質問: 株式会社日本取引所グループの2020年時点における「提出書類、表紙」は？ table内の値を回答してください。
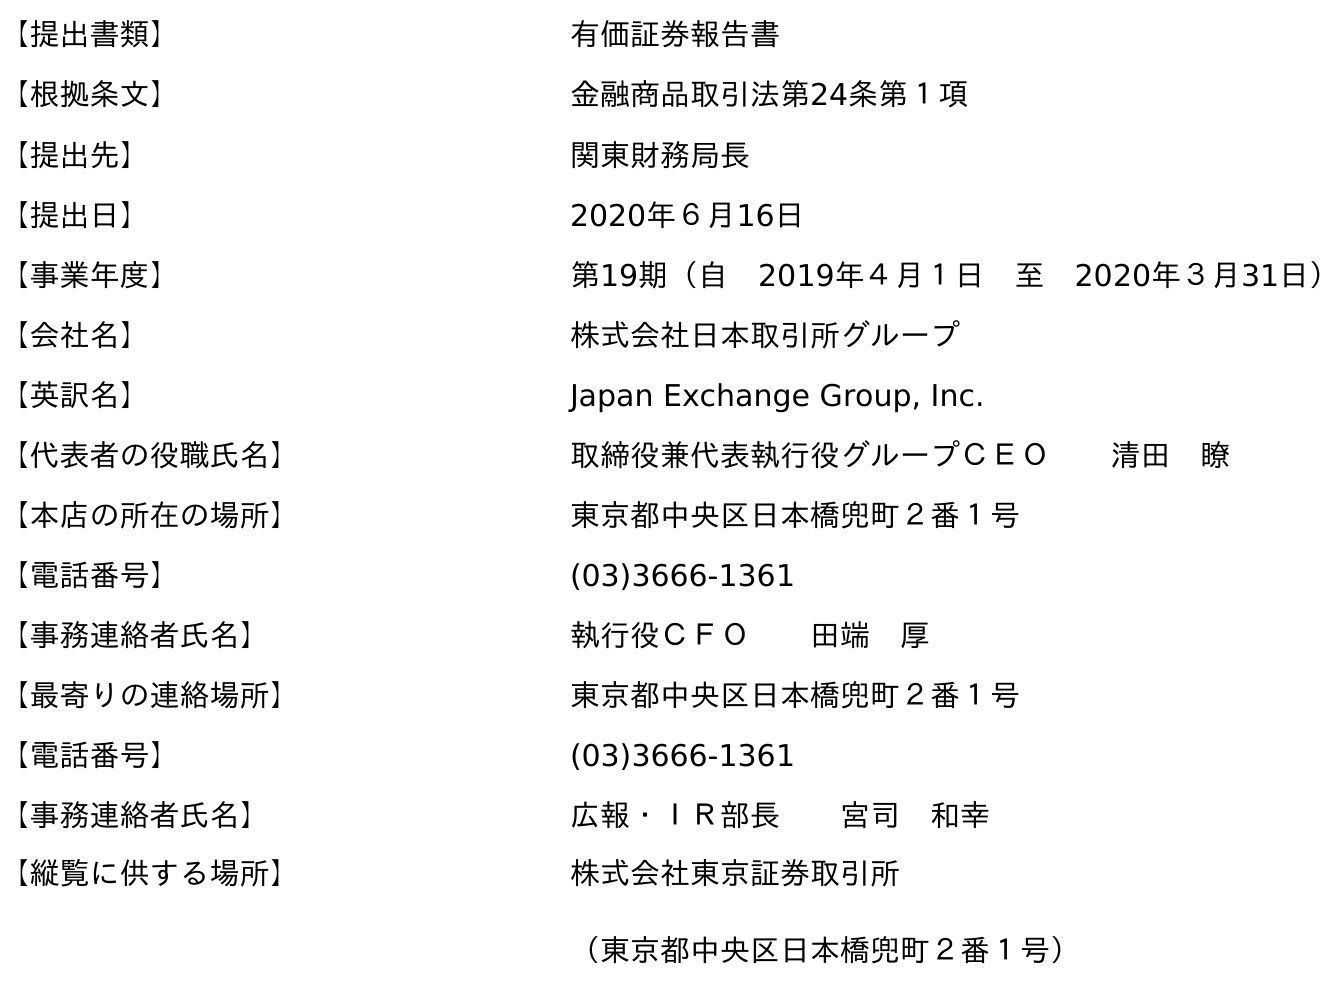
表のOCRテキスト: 【提出書類】 有価証券報告書 【根拠条文】 金融商品取引法第24条第１項 【提出先】 関東財務局長 【提出日】 2020年６月16日 【事業年度】 第19期（自 2019年４月１日 至 2020年３月31日） 【会社名】 株式会社日本取引所グループ 【英訳名】 Japan Exchange Group, Inc. 【代表者の役職氏名】 取締役兼代表執行役グループＣＥＯ  清田 瞭 【本店の所在の場所】 東京都中央区日本橋兜町２番１号 【電話番号】 (03)3666-1361 【事務連絡者氏名】 執行役ＣＦＯ  田端 厚 【最寄りの連絡場所】 東京都中央区日本橋兜町２番１号 【電話番号】 (03)3666-1361 【事務連絡者氏名】 広報・ＩＲ部長  宮司 和幸 【縦覧に供する場所】 株式会社東京証券取引所 （東京都中央区日本橋兜町２番１号）
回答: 有価証券報告書